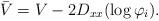
LaTeX: \begin{align*}\bar{V} =V-2D_{xx}(\log \varphi_i).\end{align*}